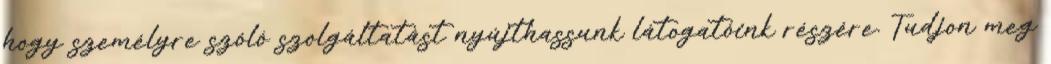
hogy személyre szóló szolgáltatást nyújthassunk látogatóink részére. Tudjon meg